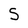
Character: S